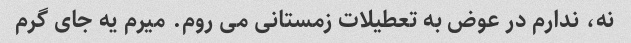
نه، ندارم در عوض به تعطیلات زمستانی می روم. میرم یه جای گرم